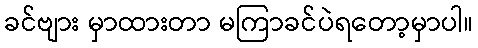
ခင်ဗျား မှာထားတာ မကြာခင်ပဲရတော့မှာပါ။